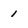
Character: 1